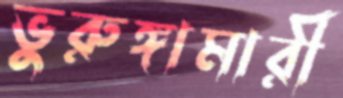
ভুরুঙ্গামারী